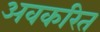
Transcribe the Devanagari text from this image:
अवकरित